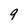
Character: 9